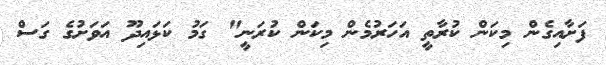
ފަށާއިގެން މިކަން ކުރާތީ އަހަރުމެން މިކަން ކުރަނީ" ގަމު ކަޅައިދޫ އަވަށުގެ ގަސް